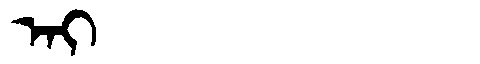
Manchu: ᠠᡳ
Romanization: AI